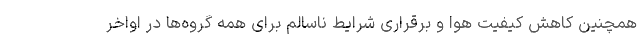
همچنین کاهش کیفیت هوا و برقراری شرایط ناسالم برای همه گروه‌ها در اواخر